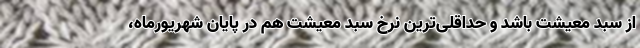
از سبد معیشت باشد و حداقلی‌ترین نرخ سبد معیشت هم در پایان شهریورماه،